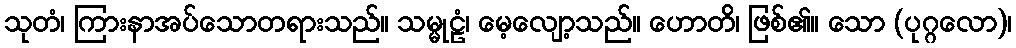
သုတံ၊ ကြားနာအပ်သောတရားသည်။ သမ္မုဠံ၊ မေ့လျော့သည်။ ဟောတိ၊ ဖြစ်၏။ သော (ပုဂ္ဂလော)၊